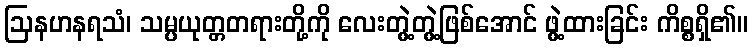
ဩနဟနရသံ၊ သမ္ပယုတ္တတရားတို့ကို လေးတွဲ့တွဲ့ဖြစ်အောင် ဖွဲ့ထားခြင်း ကိစ္စရှိ၏။